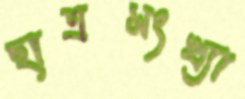
ছাত্রসংখ্যা